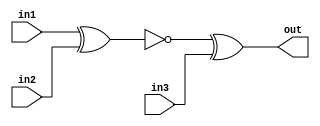
module top_module (
    input in1,
    input in2,
    input in3,
    output out);

    wire w1;

    assign w1 = ~(in1^in2);
    assign out = w1^in3;

endmodule